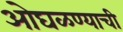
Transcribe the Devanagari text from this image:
ओघळण्याची